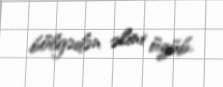
bölgədən əlini üzüb.